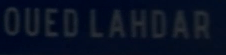
OUED LAHDAR